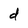
Character: d